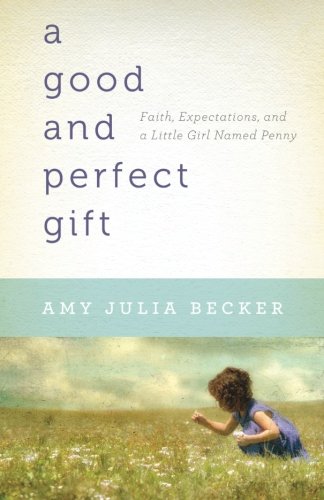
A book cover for A Good and Perfect Gift: Faith, Expectations, and a Little Girl Named Penny; Amy Julia Becker; Biographies & Memoirs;